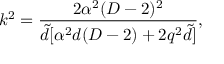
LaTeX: k ^ { 2 } = \frac { 2 \alpha ^ { 2 } ( D - 2 ) ^ { 2 } } { { \tilde { d } } [ \alpha ^ { 2 } d ( D - 2 ) + 2 q ^ { 2 } { \tilde { d } } ] } ,